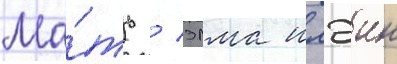
Ма́ть / элма илэин